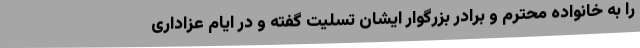
را به خانواده محترم و برادر بزرگوار ایشان تسلیت گفته و در ایام عزاداری